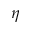
\eta